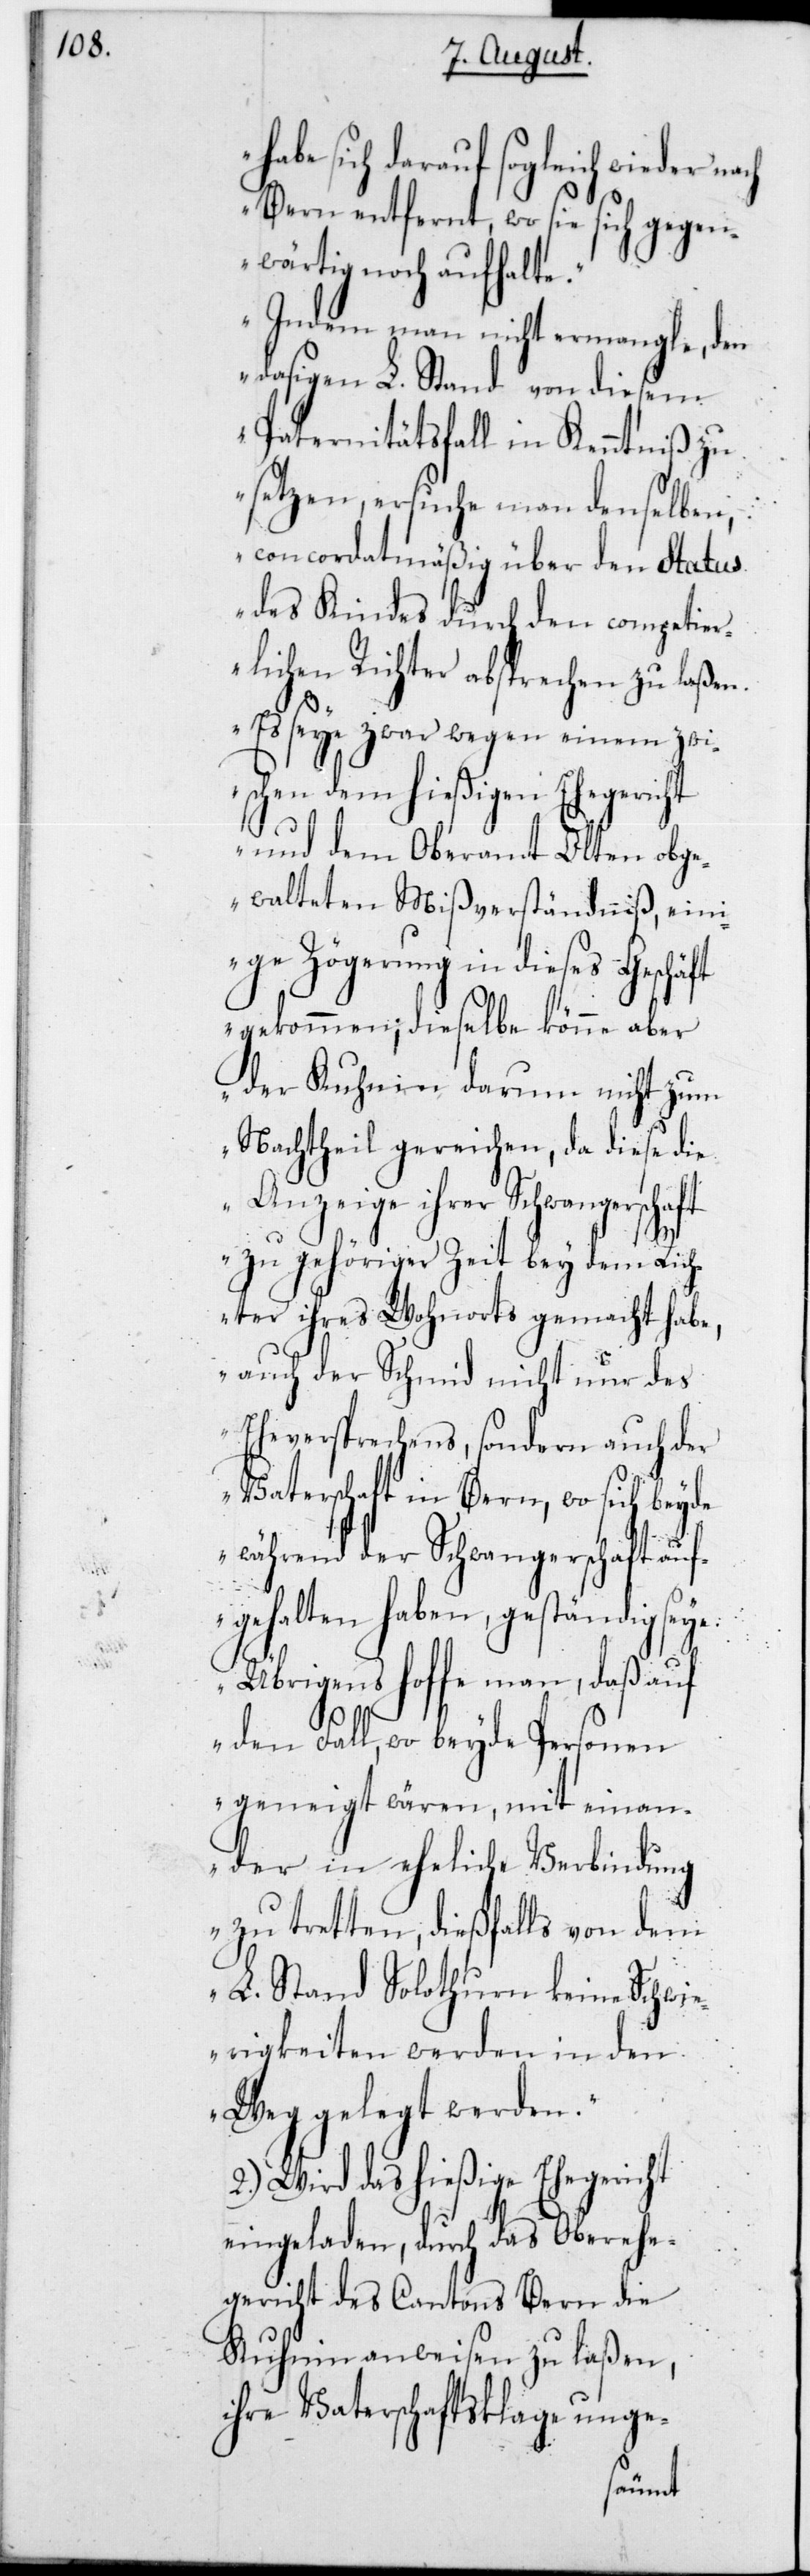
abe sich darauf sogleich wieder nach
Bern entfernt, wo sie sich gegen¬
wärtig noch aufhalte.
Indem man nicht ermangle, den
dasigen L. Stand von diesem
Paternitätsfall in Kenntniß zu
setzen, ersuche man denselben,
concordatmäßig über den Status
des Kindes durch den competier¬
lichen Richter absprechen zu laßen.
Es seye zwar wegen einem zwi¬
schen dem hießigen Ehegericht
und dem Oberamt Olten obge¬
walteten Mißverständnis, ein¬
ige Zögerung in dieses Geschäft
gekommen; dieselbe könne aber
der Kuhnin darum nicht zum
Nachtheil gereichen, da diese die
Anzeige ihrer Schwangersch¬
zu gehöriger Zeit bey dem Rich¬
ter ihres Wohnorts gemacht habe,
auch der Schmid nicht nur des
Eheversprechens, sondern auch der
Vaterschaft in Bern, wo sich beyde
während der Schwangerschaft auf¬
gehalten haben, geständig seye.
Übrigens hoffe man, daß auf
h¬
den Fall, wo beyde Personen
geneigt wären, mit ein¬
an¬
der in eheliche Verbindung
zu tretten, dießfalls von dem
L. Stand Solothurn keine Schwie¬
rigkeiten werden in den
Weg gelegt werden.“
2.) Wird das hießige Ehegericht
eingeladen, durch das Oberehe¬
gericht des Cantons Bern die
Kuhnin anweisen zu laßen,
ihre Vaterschaftsklage unge-
aft